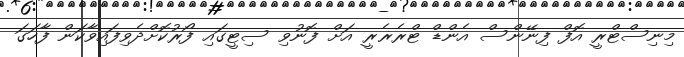
މިނިސްޓްރީ އޮފް ފިނޭންސް އެންޑް ޓްރެޜެރީ އަށް ފޮނުވި ސިޓީގައި ފޯރުކޮށްދެވިފައިވާކަން ފާހަގަ